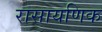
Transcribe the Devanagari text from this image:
रासायणिक